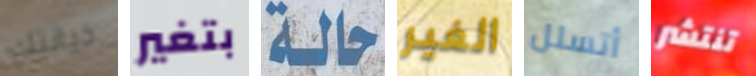
خيانتك بتغير حالة الغير أتسلل تنتشر